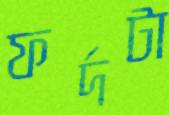
ফর্দটা